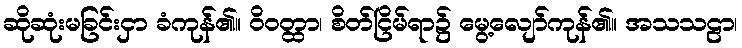
ဆိုဆုံးမခြင်းငှာ ခံကုန်၏။ ဝိဝတ္ထာ၊ စိတ်ငြိမ်ရာ၌ မွေ့လျော်ကုန်၏။ အသသဠာ၊